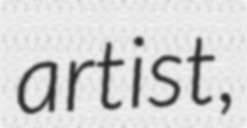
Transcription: artist,